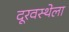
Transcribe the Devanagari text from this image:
दूरवस्थेला